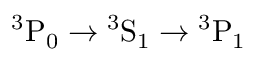
{ } ^ { 3 } \mathrm { P } _ { 0 } \rightarrow { } ^ { 3 } \mathrm { S } _ { 1 } \rightarrow { } ^ { 3 } \mathrm { P } _ { 1 }